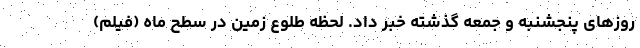
روزهای پنجشنبه و جمعه گذشته خبر داد. لحظه طلوع زمین در سطح ماه (فیلم)